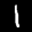
Label: 1